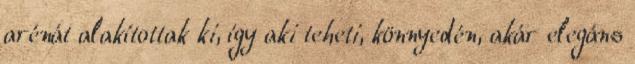
arénát alakítottak ki, így aki teheti, könnyedén, akár elegáns